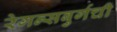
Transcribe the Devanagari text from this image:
रेगन्सबुर्गची